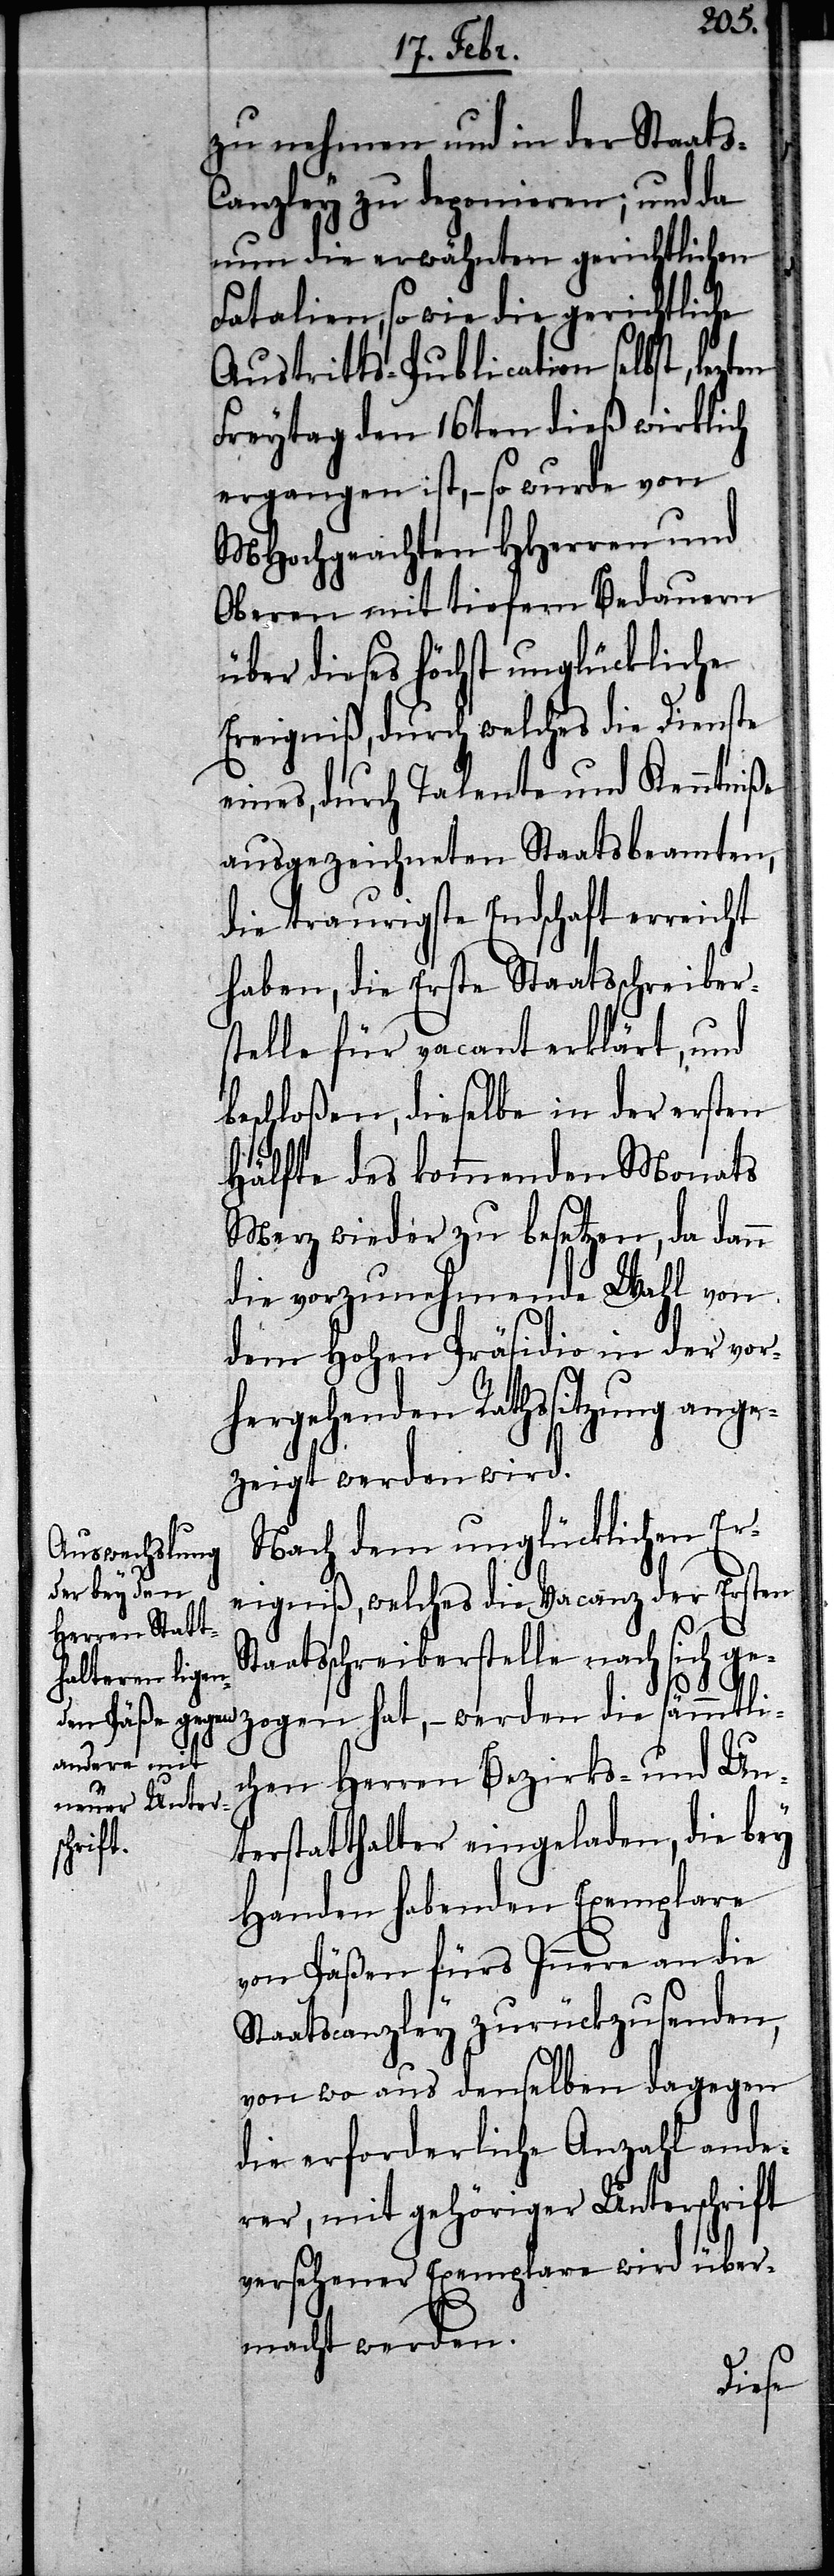
sämmtli¬
zu nehmen und in der Staat¬
anzley zu deponieren; und da
nun die erwähnten gerichtlichen
Fatalien, so wie die gerichtliche
Austritts-Publication selbst,
Freytag den 16ten dieß wirklich
ergangen ist, – so wurde von
MHochgeachten HHerren und
Oberen mit tiefem Bedauern
über dieses höchst unglückliche
Ereigniß, durch welches die Dienste
eines, durch Talente und Kenntniße
ausgezeichneten Staatsbeamten,
die traurigste Endschaft erreicht
haben, die Erste Staatsschreiber¬
stelle für vacant erklärt, und
beschloßen, dieselbe in der ersten
Hälfte des kommenden Monats
Merz wieder zu besetzen, da dann
die vorzunehmende Wahl von
dem Hohen Präsidio in der vor¬
hergehenden Rathssitzung ange¬
zeigt werden wird.
Nach dem unglücklichen Er¬
eigniß, welches die Vacanz der Ersten
Staatsschreiberstelle nach sich ge¬
chen Herren Bezirks- und Un¬
terstatthalter eingeladen, die bey
Handen habenden Exemplare
von Päßen fürs Innere an die
Staatscanzley zurückzusenden,
von wo aus denselben dagegen
die erforderliche Anzahl ande¬
rer, mit gehöriger Unterschrift
versehener Exemplare wird über¬
macht werden.
die